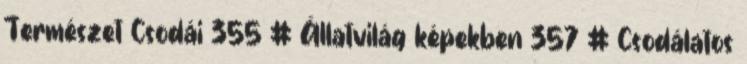
Természet Csodái 355 # Állatvilág képekben 357 # Csodálatos